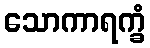
သောကာရက္ခံ